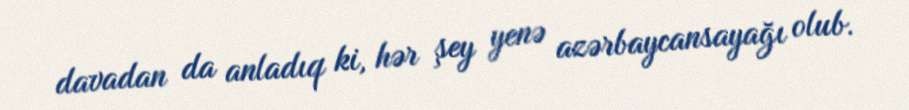
davadan da anladıq ki, hər şey yenə azərbaycansayağı olub.